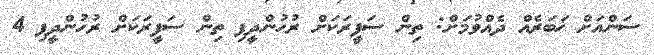
ސަންއަށް ޚަބަރެއް ދެއްވުމަށް: ތިން ސަފީރަކަށް ރުހުންދީފި ތިން ސަފީރަކަށް ރުހުންދީފި 4